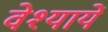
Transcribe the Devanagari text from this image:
वेश्यायें